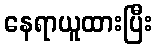
နေရာယူထားပြီး